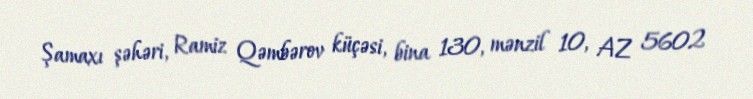
Şamaxı şəhəri, Ramiz Qəmbərov küçəsi, bina 130, mənzil 10, AZ 5602